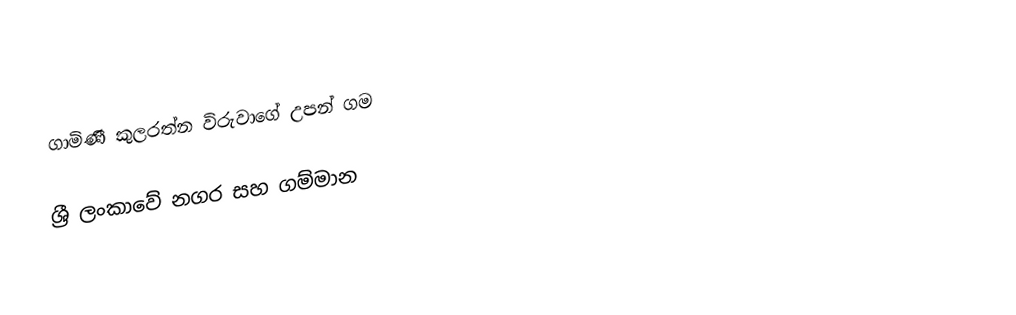
ගාමිණී කුලරත්න විරුවාගේ උපන් ගම

ශ්‍රී ලංකාවේ නගර සහ ගම්මාන